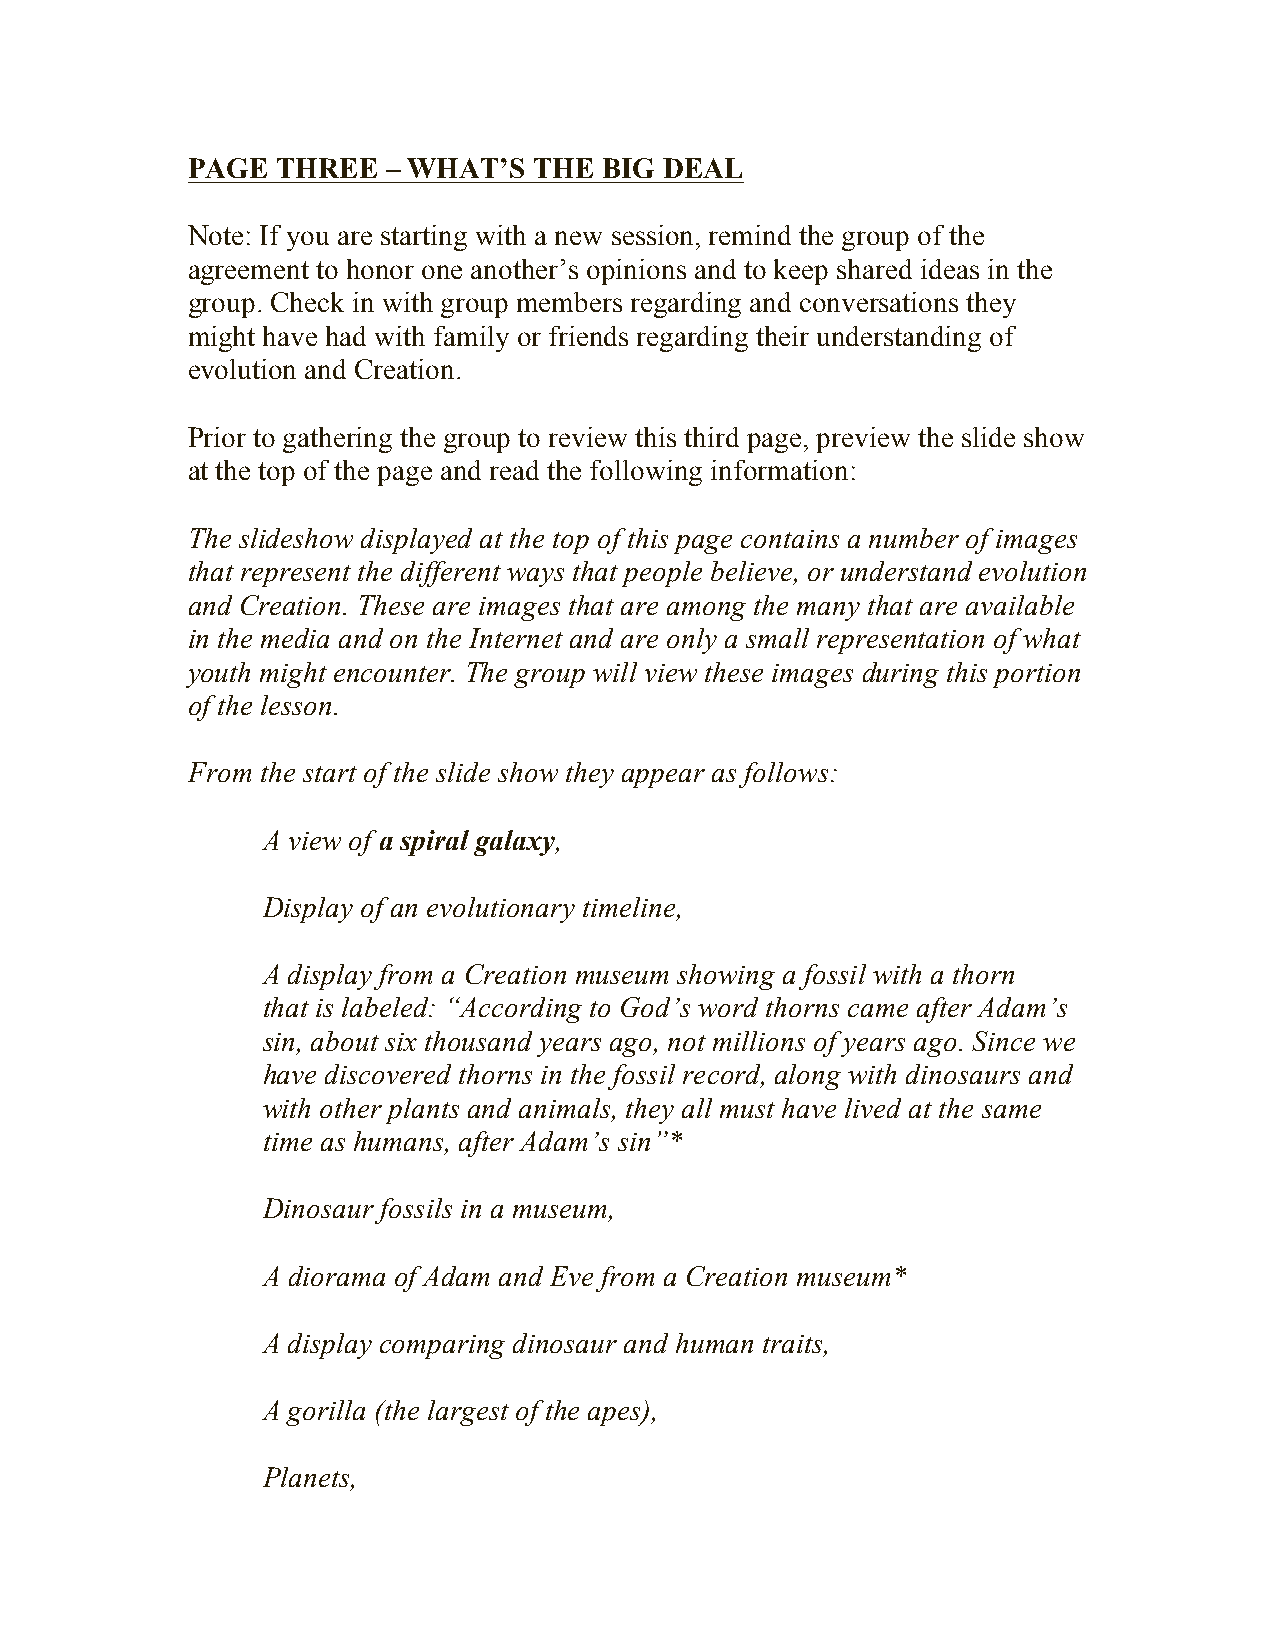
PAGE  THREE   – WHAT’S THE  BIG DEAL
 Note: If you are starting with a new session, remind the group of the
 agreement to honor one another’s opinions and to keep shared ideas in the
 group. Check in with group members regarding and conversations they
 might have had with family or friends regarding their understanding of
 evolution and Creation.
 Prior to gathering the group to review this third page, preview the slide show
 at the top of the page and read the following information:
 The slideshow displayed at the top of this page contains a number of images
 that represent the different ways that people believe, or understand evolution
 and Creation. These are images that are among the many that are available
 in the media and on the Internet and are only a small representation of what
 youth might encounter. The group will view these images during this portion
 of the lesson.
 From the start of the slide show they appear as follows:
 A view of a spiral galaxy,
 Display of an evolutionary timeline,
 A display from a Creation museum showing a fossil with a thorn
 that is labeled: “According to God’s word thorns came after Adam’s
 sin, about six thousand years ago, not millions of years ago. Since we
 have discovered thorns in the fossil record, along with dinosaurs and
 with other plants and animals, they all must have lived at the same
 time as humans, after Adam’s sin”*
 Dinosaur fossils in a museum,
 A diorama of Adam and Eve from a Creation museum*
 A display comparing dinosaur and human traits,
 A gorilla (the largest of the apes),
 Planets,